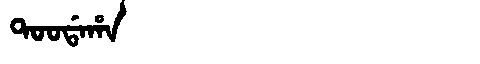
Manchu: ᡨᠣᠣᡩᠠᡥᠠ
Romanization: TOODAHA